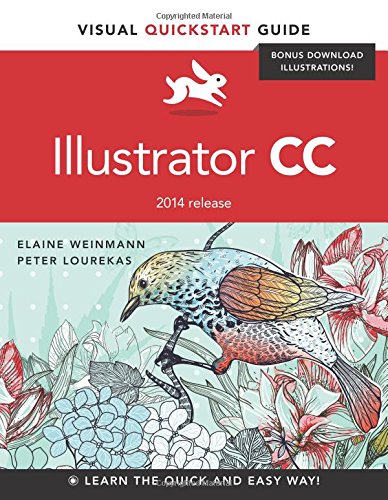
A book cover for Illustrator CC: Visual QuickStart Guide (2014 release); Elaine Weinmann; Computers & Technology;